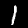
Label: 1